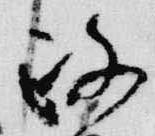
政